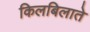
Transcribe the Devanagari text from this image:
किलबिलाते